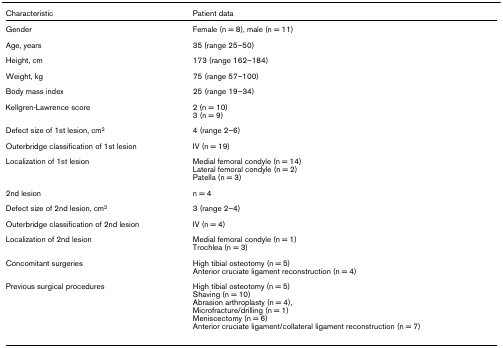
<table><thead><tr><td><b>Characteristic</b></td><td><b>Patient data</b></td></tr></thead><tbody><tr><td>Gender</td><td>Female (n = 8), male (n = 11)</td></tr><tr><td>Age, years</td><td>35 (range 25–50)</td></tr><tr><td>Height, cm</td><td>173 (range 162–184)</td></tr><tr><td>Weight, kg</td><td>75 (range 57–100)</td></tr><tr><td>Body mass index</td><td>25 (range 19–34)</td></tr><tr><td>Kellgren-Lawrence score</td><td>2 (n = 10)3 (n = 9)</td></tr><tr><td>Defect size of 1st lesion, cm<sup>2</sup></td><td>4 (range 2–6)</td></tr><tr><td>Outerbridge classification of 1st lesion</td><td>IV (n = 19)</td></tr><tr><td>Localization of 1st lesion</td><td>Medial femoral condyle (n = 14)Lateral femoral condyle (n = 2)Patella (n = 3)</td></tr><tr><td>2nd lesion</td><td>n = 4</td></tr><tr><td>Defect size of 2nd lesion, cm<sup>2</sup></td><td>3 (range 2–4)</td></tr><tr><td>Outerbridge classification of 2nd lesion</td><td>IV (n = 4)</td></tr><tr><td>Localization of 2nd lesion</td><td>Medial femoral condyle (n = 1)Trochlea (n = 3)</td></tr><tr><td>Concomitant surgeries</td><td>High tibial osteotomy (n = 5)Anterior cruciate ligament reconstruction (n = 4)</td></tr><tr><td>Previous surgical procedures</td><td>High tibial osteotomy (n = 5)Shaving (n = 10)Abrasion arthroplasty (n = 4),Microfracture/drilling (n = 1)Meniscectomy (n = 6)Anterior cruciate ligament/collateral ligament reconstruction (n = 7)</td></tr></tbody></table>